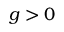
g > 0